EAOK_Sinod, lk 64
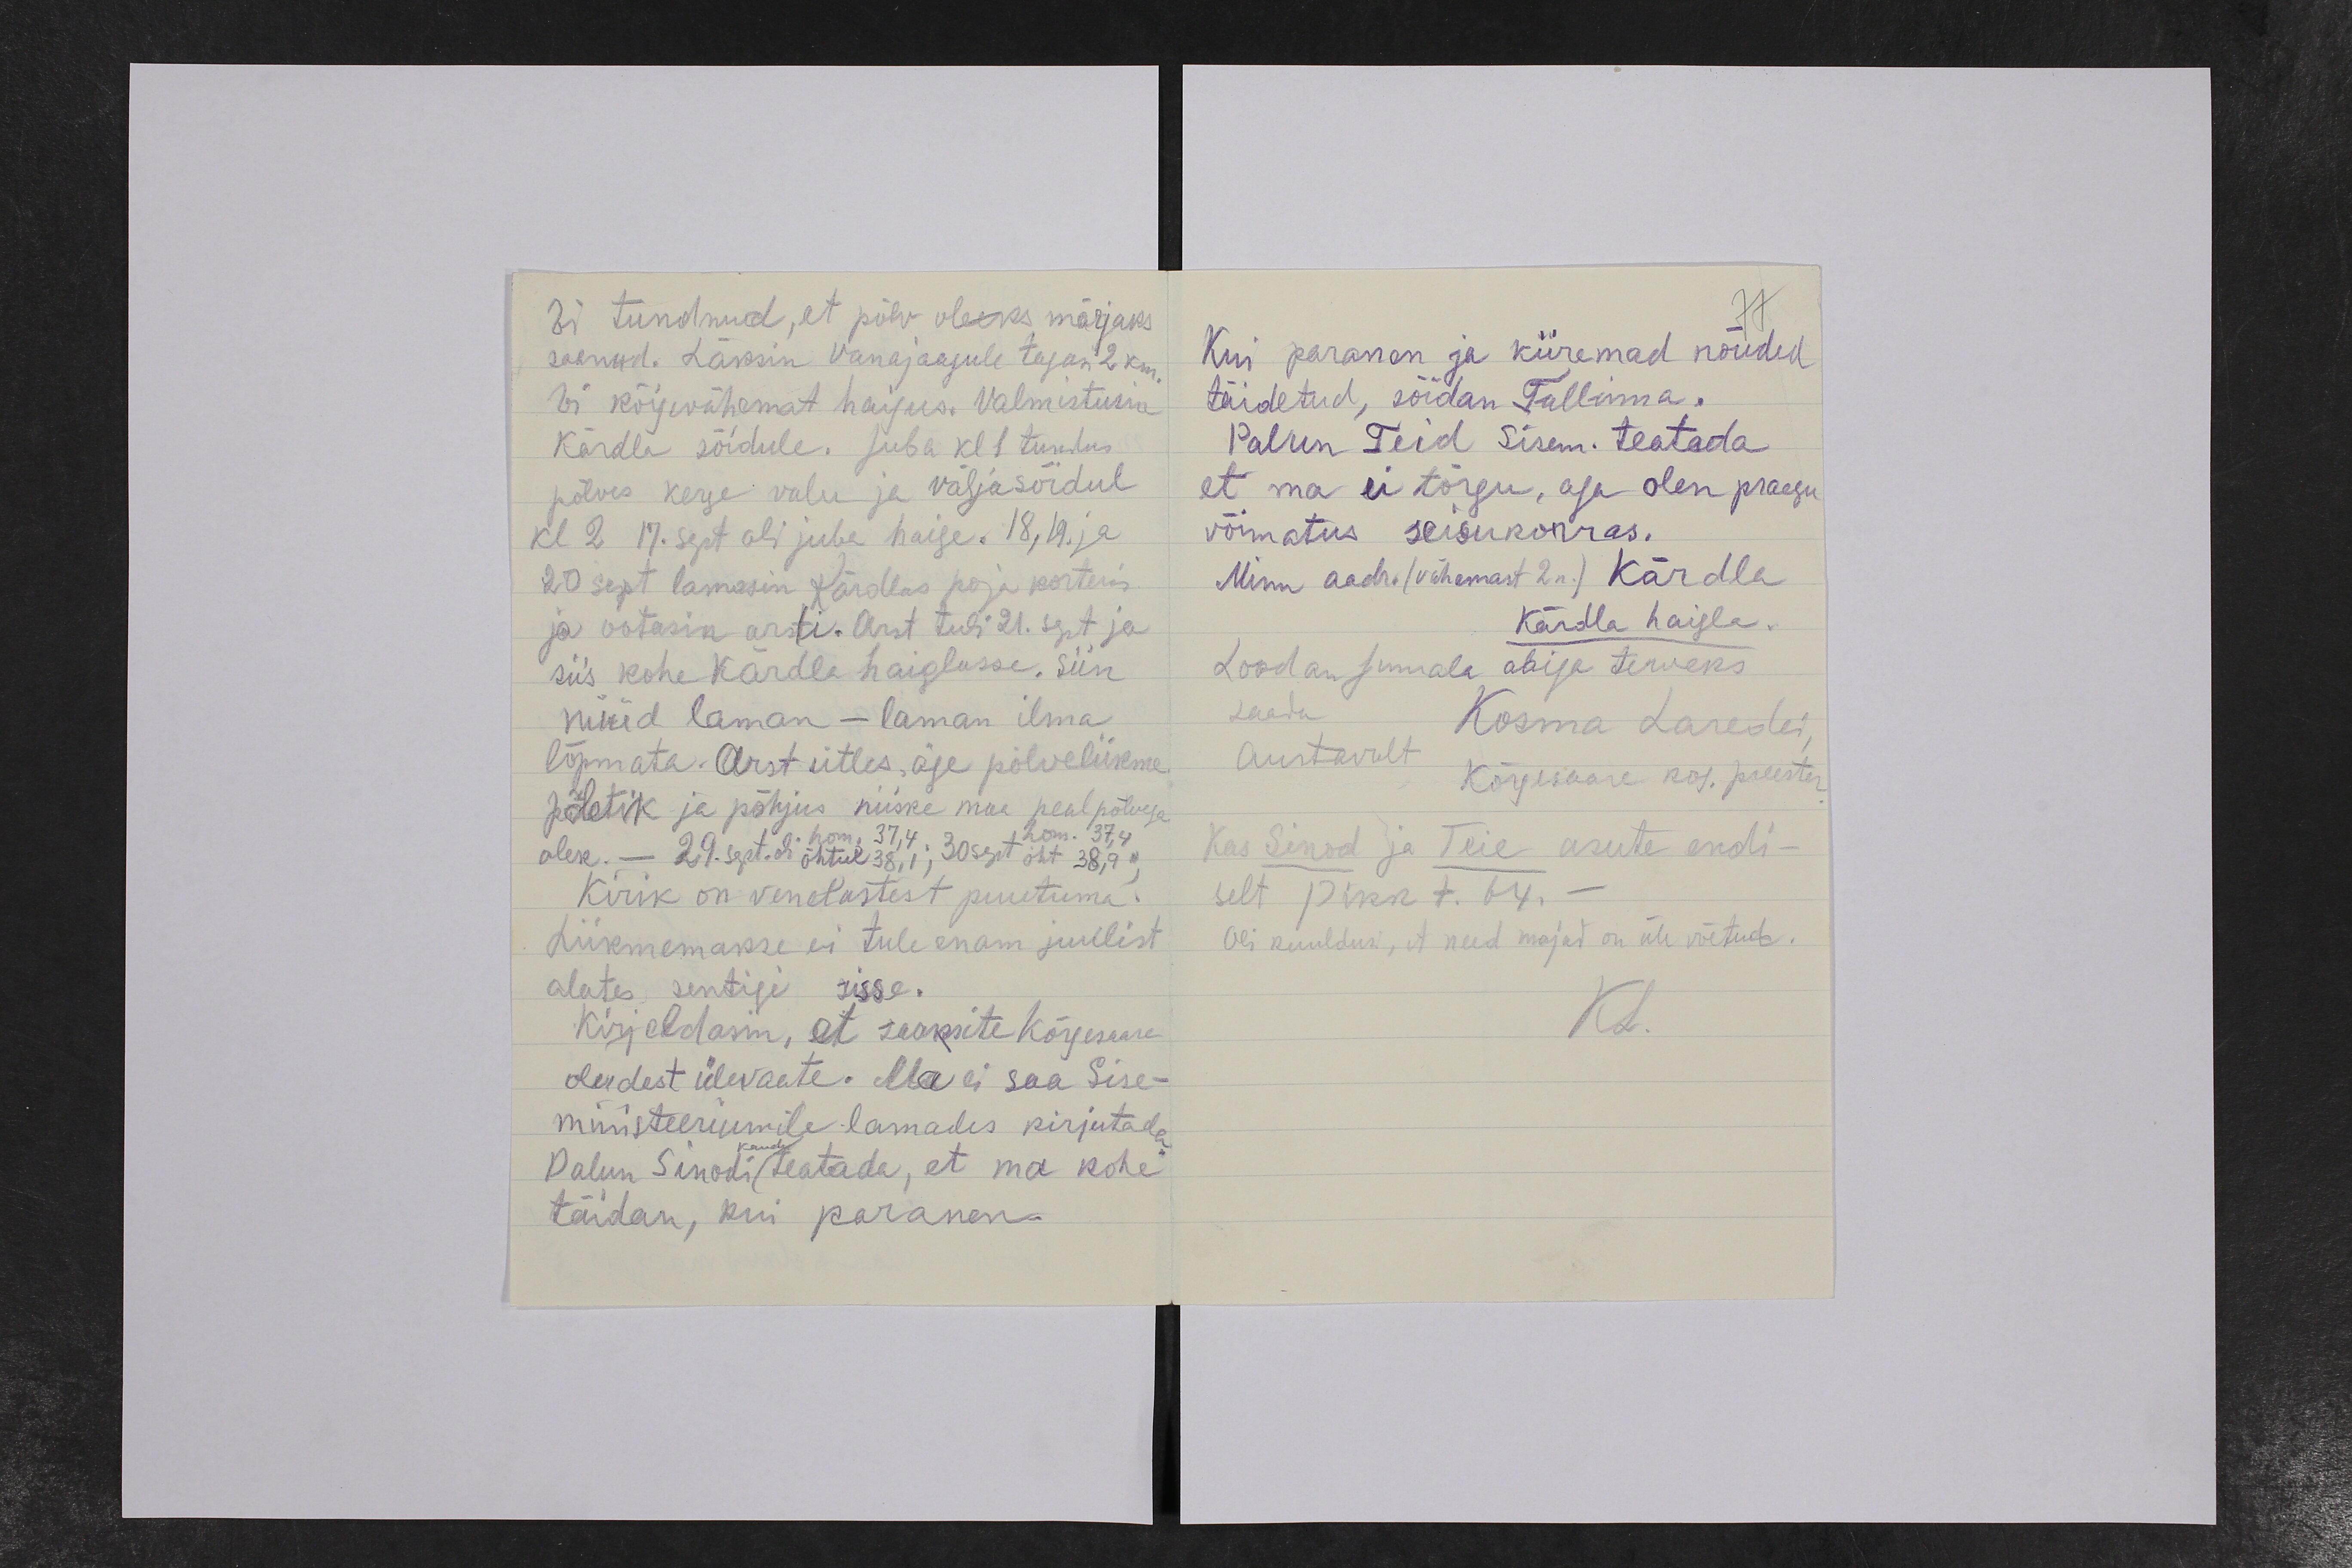
Ei tundnud, et põlv oleks märjaks
saanud. Läksin Vanajaagule tagasi 2 km.
Ei kõigevähemat haigus. Valmistusin
Kärdla sõidule. Juba kl 1 tundus
põlves kerge valu ja väljasõidul
kl 2 17. sept oli juba haige. 18, 19. ja
20 sept lamasin Kärdlas poja korteris
ja ootasin arsti. Arst tuli 21. sept ja
siis kohe Kärdla haiglasse. Siin
nüüd laman - laman ilma
lõpmata. Arst ütles, äge põlveliikme
põletik ja põhjus niiske maa peal põlvega
hom. 37,4
olek. – 29. sept. oli õhtul 38,1, 30 sept õht 38,9,
hom. 37,4
Kirik on venelastest puutuma.
Liikmemakse ei tule enam juulist
alates sentigi sisse.
Kirjeldasin, et saaksite Kõrgesaare
oludest ülevaate. Ma ei saa Sise-
minsteeriumile lamades kirjutada.
kaudu
Palun Sinodi teatada, et ma kohe
täidan, kui paranen.

Kui paranen ja kiiremad nõuded
täidetud, sõidan Tallinna.
Palun Teid sisem. teatada
et ma ei tõrgu, aga olen praegu
võimatus seisukorras.
Minu aadr. (vähemast 2 n.) Kärdla
Kärdla haigla.
Loodan jumala abiga terveks
saada
Kosma Laredei
Austavalt
Kõrgesaare kog. preester
Kas Sinod ja Teie asute endi-
selt Pikk t. 64.–
Oli kuuldusi, et need majad on üle võetud.
KL.